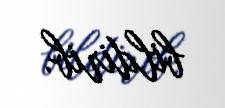
bildirib.